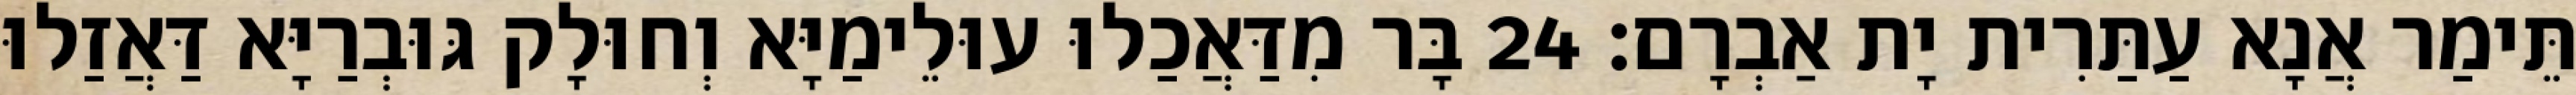
תֵּימַר אֲנָא עַתַּרִית יָת אַבְרָם׃ 24 בָּר מִדַּאֲכַלוּ עוּלֵימַיָּא וְחוּלָק גּוּבְרַיָּא דַּאֲזַלוּ